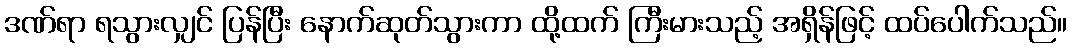
ဒဏ်ရာ ရသွားလျှင် ပြန်ပြီး နောက်ဆုတ်သွားကာ ထို့ထက် ကြီးမားသည့် အရှိန်ဖြင့် ထပ်ပေါက်သည်။